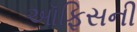
ઑફિસની